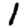
Digit: 1